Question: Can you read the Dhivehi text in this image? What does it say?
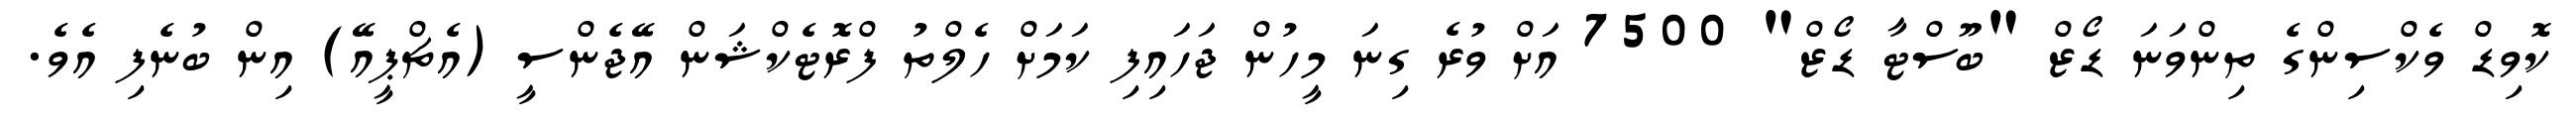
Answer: ކޮވިޑް ވެކްސިންގެ ތިންވަނަ ޑޯޒް "ބޫސްޓާ ޑޯޒް" 7500 އަށް ވުރެ ގިނަ މީހުން ޖަހައިފި ކަމަށް ހެލްތު ފްރޮޓެކްޝަން އޭޖެންސީ (އެޗްޕީއޭ) އިން ބުނެފި އެވެ.